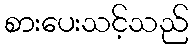
စားပေးသင့်သည်